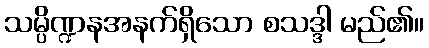
သမ္ပိဏ္ဍနအနက်ရှိသော စသဒ္ဒါ မည်၏။